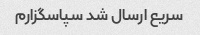
سریع ارسال شد سپاسگزارم